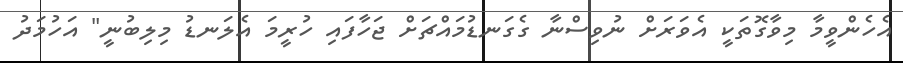
އެހެންވީމާ މިވާގޮތަކީ އެވަރަށް ނުވިސްނާ ގެގަނޑުމައްޗަށް ޖަހާފައި ހުރީމަ އެލަނޑު މިލިބުނީ" އަހުމަދު